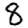
Digit: 8